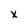
Character: X